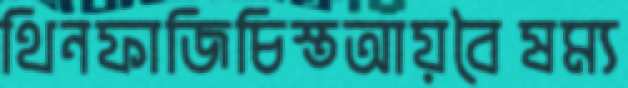
থিনফাজিচিস্তআয়বৈষম্য